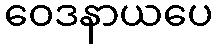
ဝေဒနာယပေ